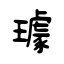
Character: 璩